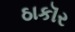
ઠાકૉર